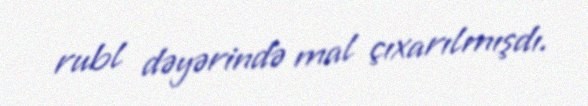
rubl dəyərində mal çıxarılmışdı.